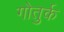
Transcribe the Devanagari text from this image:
गोतुर्क